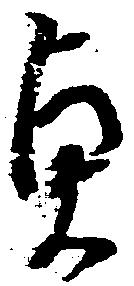
貞